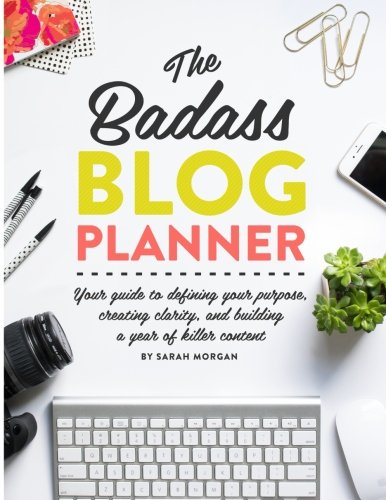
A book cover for The Badass Blog Planner: Your guide to defining your purpose, creating clarity, and building a year of killer content; Sarah Morgan; Computers & Technology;